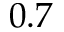
0 . 7